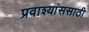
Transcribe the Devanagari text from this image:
प्रवाश्यांससाठी